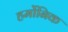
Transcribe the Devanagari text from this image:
हर्मोनिक